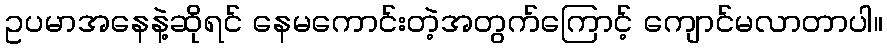
ဥပမာအနေနဲ့ဆိုရင် နေမကောင်းတဲ့အတွက်ကြောင့် ကျောင်မလာတာပါ။